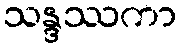
သန္ဒဿကာ